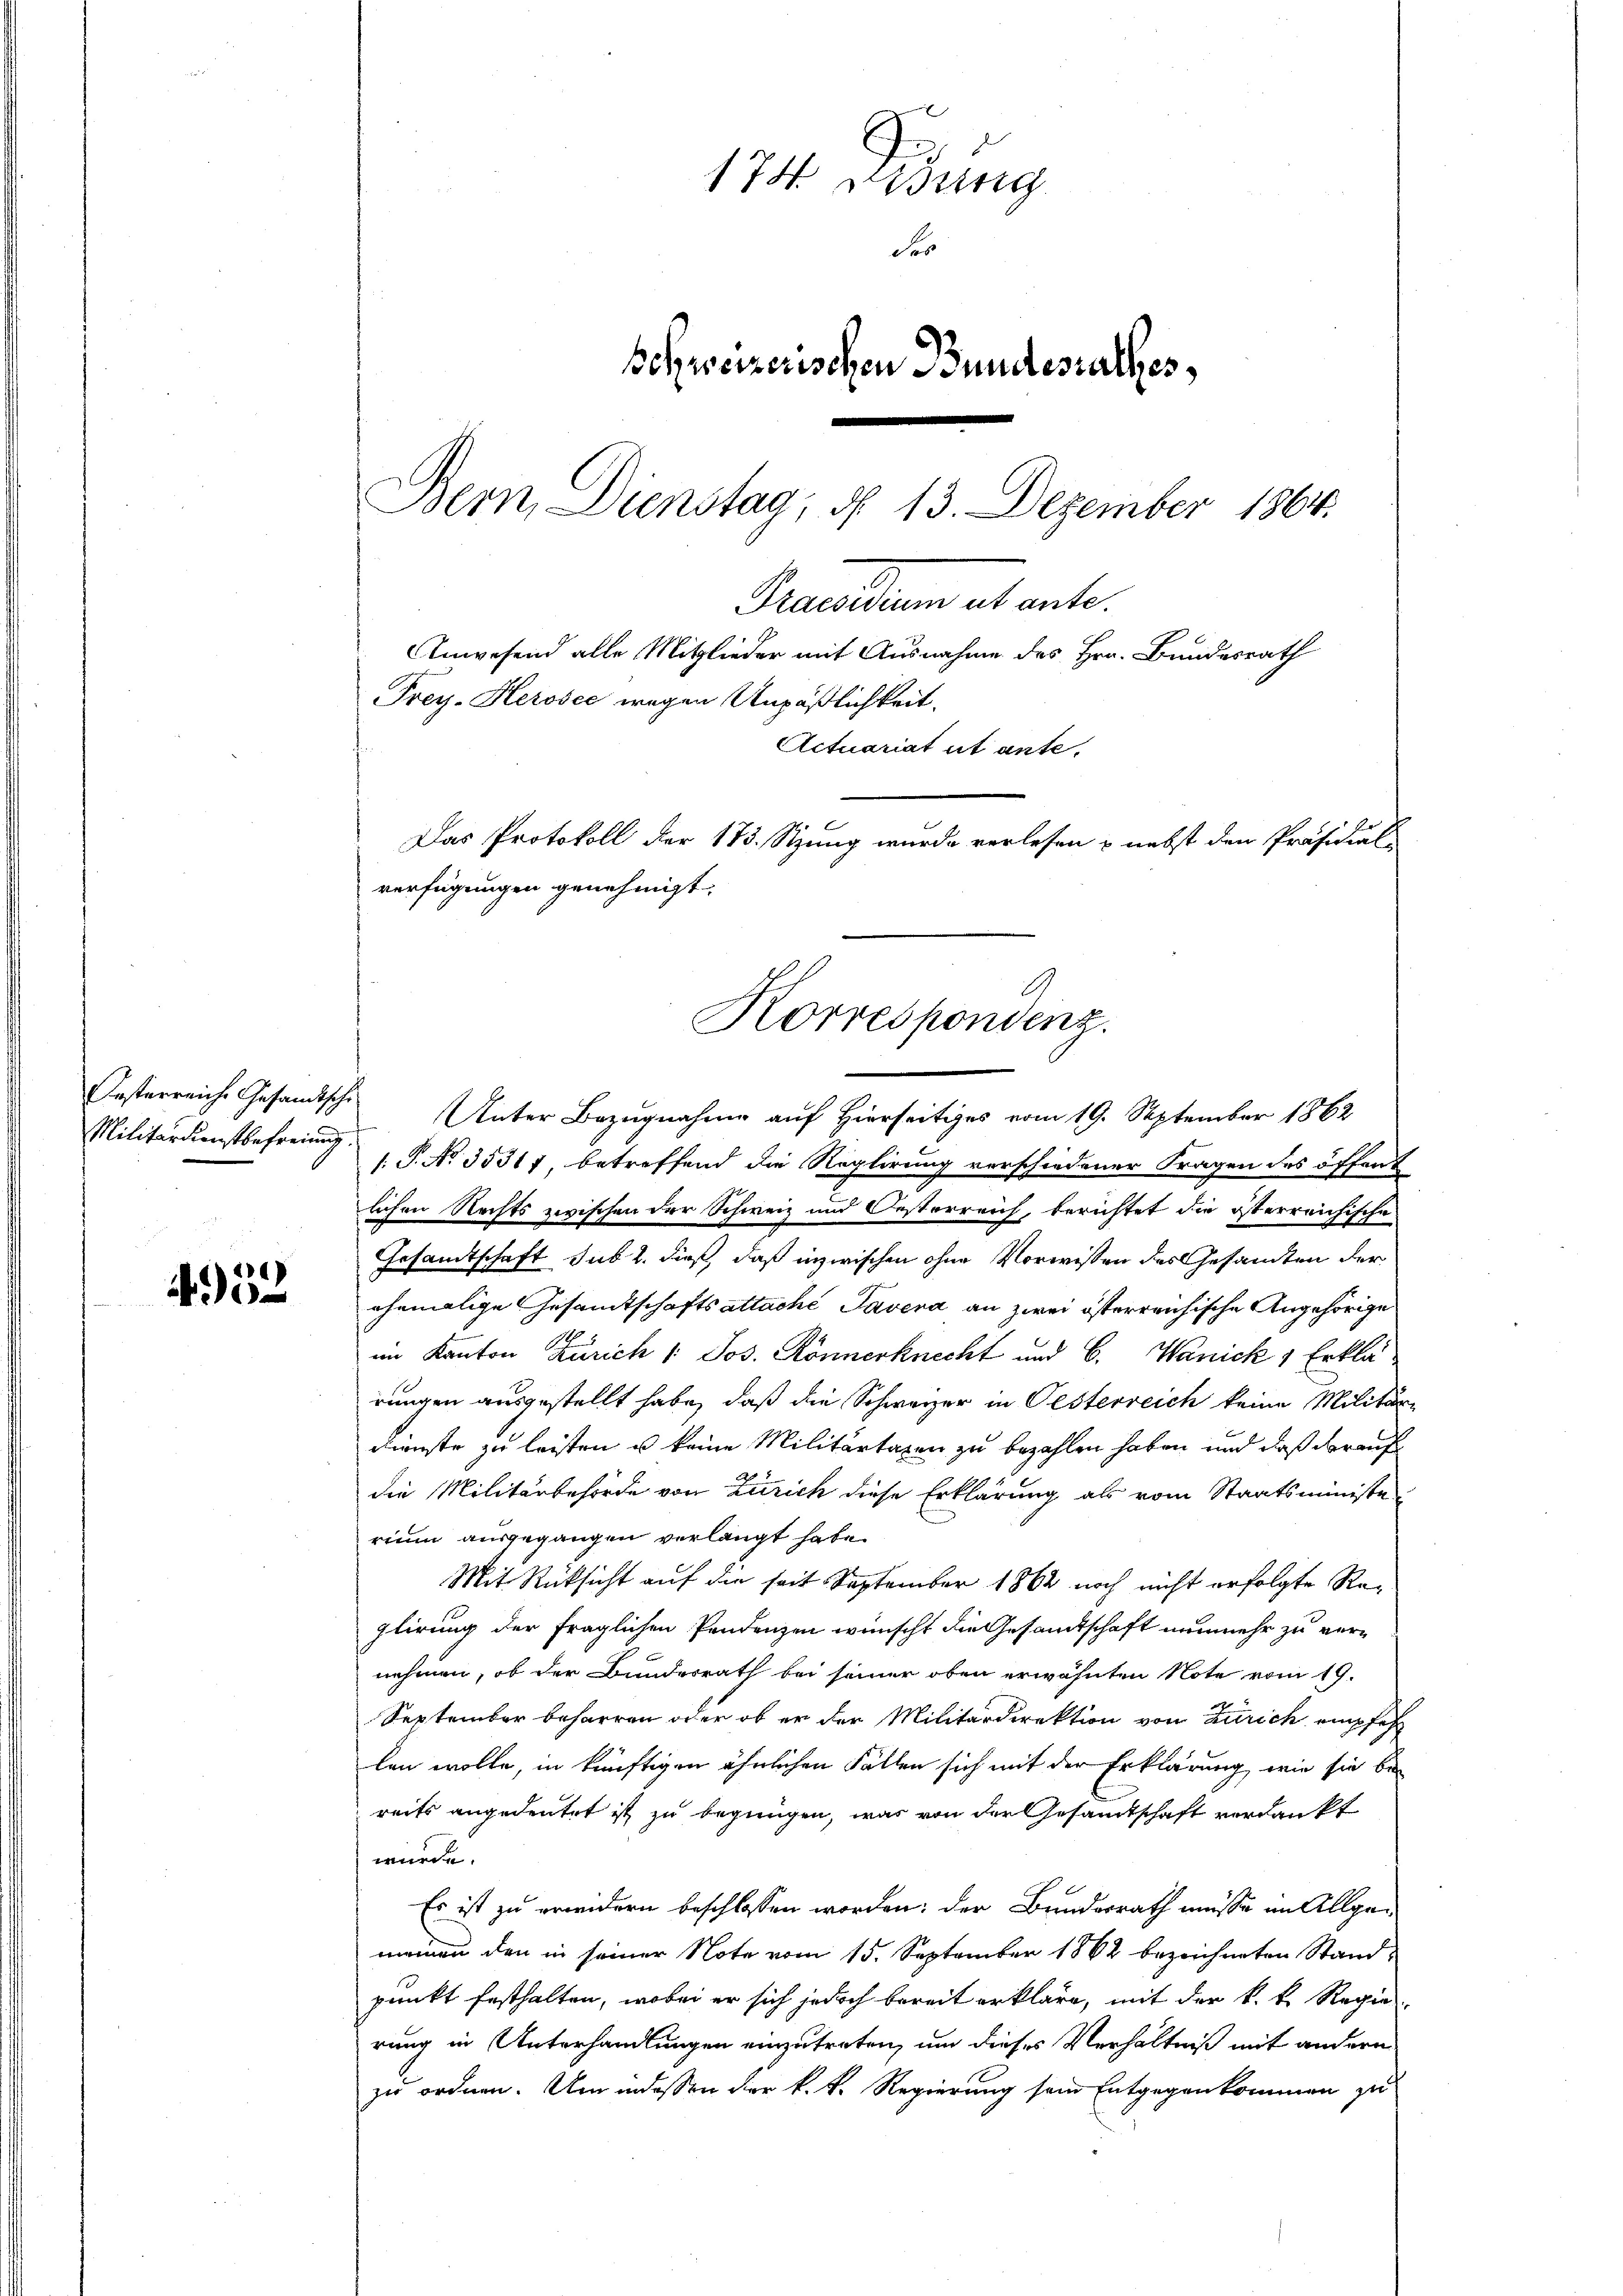
Oesterreiche Gesandtsche
Militärdienstbefreiung.

952

174 ung
Fer
Bohweizerischen Bundesrathes,
Bern, Dienstag, d. 13. Dezember 1864.

Frey-Herosec wegen Unpäßlichkeit.
Actuariat ut ante,
Das Protokoll der 173. Stzung wurde verlesen & nebst den Präsidial-
verfügungen genehmigt.
Korrespondenz.

Unter Bezugnahme auf Hierseitiges vom 19. September 1862
1. P. No 35317, betreffend die Reglirung verschiedener Fragen des öffend
lichen Rechts zwischen der Schweiz und Oesterreich, berichtet die österreichische
Gesandtschaft sub 2. dieß, daß inzwischen ohne Vorwissen des Gesandten der
ehemalige Gesamtschaftsattache Tavera an zwei österreichische Angehörige
im Kanton Zürich 1. Jos. Könnenknecht und C. Wanick 1 Erklärungen ausgestellt habe, daß die Schwarzer in Oesterreich keine Militär-
dienste zu leisten u keine Militärtaxen zu bezahlen haben und daß darauf
die Militärbehörde von Zürich diese Erklärung als vom Staatsministerium ausgegangen verlangt habe.
Mit Rücksicht auf die seit September 1862 noch nicht erfolgte Reglirung der fraglichen Pendenzen wünscht die Gesandtschaft nunmehr zu vernehmen, ob der Bundesrath bei seiner oben erwähnten Note vom 19.
September beharren oder ob er der Militärdirektion von Zürich empfeh
len wolle, in künftigen ähnlichen Fällen sich mit der Erklärung, wie sie be-
reits angedeutet ist zu begnügen, was von der Gesamtschaft verdankt
würde.
Es ist zu erwidern beschlossen worden; der Bundesrath müsse im Allgemeinen den in seiner Note vom 15. September 1862 bezeichneten Standpunkt festhalten, wobei er sich jedoch bereit erkläre, mit der k. k. Regierung in Unterhandlungen einzutreten, um dieses Verhältniß mit andern
zu ordnen. Um indessen der k. k. Regierung sein Entgegenkommen zu

Praesidium et ante.

Anwesend alle Mitglieder mit Ausnahme des Hrn. Bundesrath